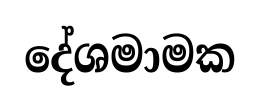
දේශමාමක